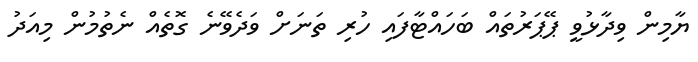
ޔާމިން ވިދާޅުވީ ޕޭޕަރުތައް ބަހައްޓާފައި ހުރި ތަނަށް ވަދެވޭނެ ގޮތެއް ނެތުމުން މިއަދު